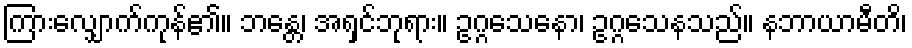
ကြားလျှောက်ကုန်၏။ ဘန္တေ၊ အရှင်ဘုရား။ ဥဂ္ဂသေနော၊ ဥဂ္ဂသေနသည်။ နဘာယာမီတိ၊